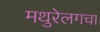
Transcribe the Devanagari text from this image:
मथुरेलगचा